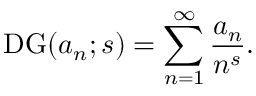
\operatorname { D G } ( a _ { n } ; s ) = \sum _ { n = 1 } ^ { \infty } { \frac { a _ { n } } { n ^ { s } } } .